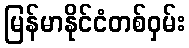
မြန်မာနိုင်ငံတစ်ဝှမ်း